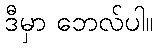
ဒီမှာ ဘေလ်ပါ။